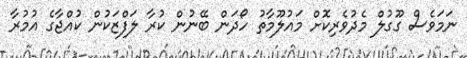
ނަމަވެސް ގޫގުލް މެދުވެރިކޮށް މައުލޫމާތު ހޯދަން ބޭނުން ކުރާ ލަފްޒަކުން ކުއްޖާގެ އުމުރާ